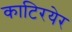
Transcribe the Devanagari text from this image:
काटिरयेर